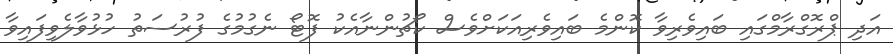
އަދި ޕްރޮގްރާމްގައި ބައިވެރިވާ ކޮންމެ ބައިވެރިއަކަށްވެސް ކޯޗުންނާއެކު ފޮޓޯ ނެގުމުގެ ފުރުސަތު ހުޅުވާލެވިފައިވާ